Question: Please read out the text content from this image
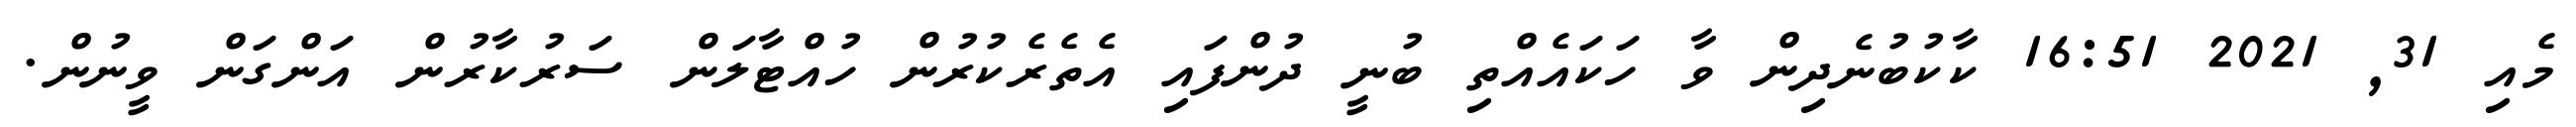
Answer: މެއި 31, 2021 16:51 ކާކުބުނެދިން ވާ ހަކައެއްތި ބުނީ ދުންފައި އެތެރެކުރުން ހުއްޓާލަން ސަރުކާރުން އަންގަން ވީނުން.